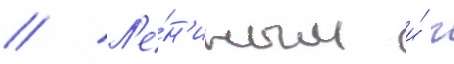
// Л'е́н'иным и́ г